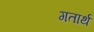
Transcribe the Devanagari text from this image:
गतार्थ